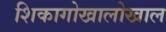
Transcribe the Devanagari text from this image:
शिकागोखालोखाल